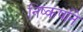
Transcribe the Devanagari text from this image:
निष्कर्षाने